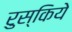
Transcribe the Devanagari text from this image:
रुस्किये